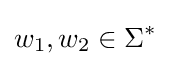
w_{1},w_{2}\in \Sigma ^{*}